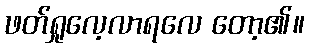
ဖတ်ရှုလေ့လာရလေ တော့၏။